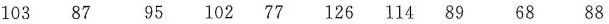
103 87 95 102 77 126 114 89 68 88